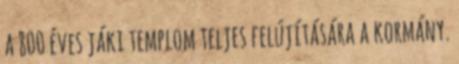
a 800 éves jáki templom teljes felújítására a kormány.